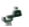
في